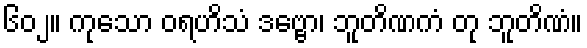
၆၀၂။ ကုသော ဝရဟိသံ ဒဗ္ဗော၊ ဘူတိဏကံ တု ဘူတိဏံ။